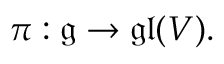
\pi : { \mathfrak { g } } \to { \mathfrak { g l } } ( V ) .